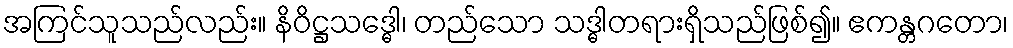
အကြင်သူသည်လည်း။ နိဝိဋ္ဌသဒ္ဓေါ၊ တည်သော သဒ္ဓါတရားရှိသည်ဖြစ်၍။ ဧကန္တဂတော၊